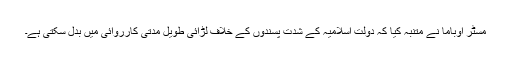
مسٹر اوباما نے متنبہ کیا کہ دولت اسلامیہ کے شدت پسندوں کے خلاف لڑائی طویل مدتی کارروائی میں بدل سکتی ہے۔